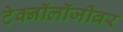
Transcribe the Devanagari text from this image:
टेक्नॉलॉजीवर